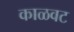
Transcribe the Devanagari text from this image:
काळवट